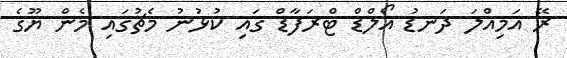
ރޭ އަމިއްލަ ދަނޑު އޯލްޑް ޓްރަފާޑް ގައި ކުޅުނު މެޗުގައި މެން ޔޫގެ